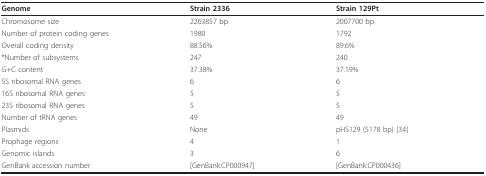
<table><thead><tr><td><b>Genome</b></td><td><b>Strain 2336</b></td><td><b>Strain 129Pt</b></td></tr></thead><tbody><tr><td>Chromosome size</td><td>2263857 bp</td><td>2007700 bp</td></tr><tr><td>Number of protein coding genes</td><td>1980</td><td>1792</td></tr><tr><td>Overall coding density</td><td>88.56%</td><td>89.6%</td></tr><tr><td>*Number of subsystems</td><td>247</td><td>240</td></tr><tr><td>G+C content</td><td>37.38%</td><td>37.19%</td></tr><tr><td>5S ribosomal RNA genes</td><td>6</td><td>6</td></tr><tr><td>16S ribosomal RNA genes</td><td>5</td><td>5</td></tr><tr><td>23S ribosomal RNA genes</td><td>5</td><td>5</td></tr><tr><td>Number of tRNA genes</td><td>49</td><td>49</td></tr><tr><td>Plasmids</td><td>None</td><td>pHS129 (5178 bp) [34]</td></tr><tr><td>Prophage regions</td><td>4</td><td>1</td></tr><tr><td>Genomic islands</td><td>3</td><td>6</td></tr><tr><td>GenBank accession number</td><td>[GenBank:CP000947]</td><td>[GenBank:CP000436]</td></tr></tbody></table>